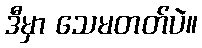
ဒီမှာ သေမတတ်ပဲ။